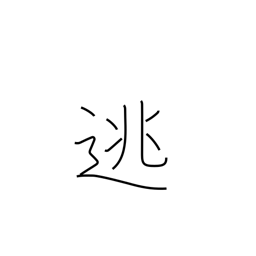
Meaning: set free